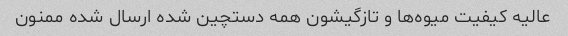
عالیه کیفیت میوه‌ها و تازگیشون همه دستچین شده ارسال شده ممنون